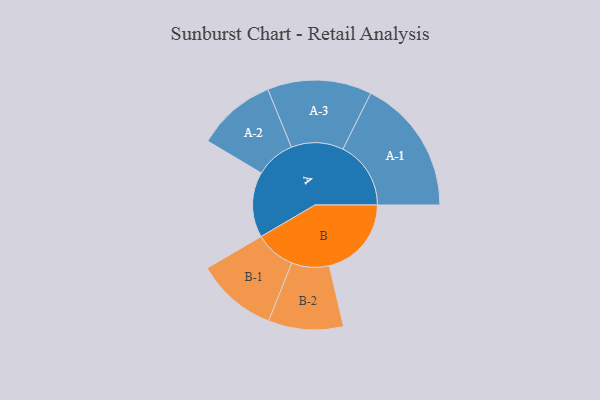
{"axis": {"x": "Segment", "y": "Value"}, "legend": ["", "A", "B"], "data": [{"x": "A", "y": 286, "type": ""}, {"x": "B", "y": 359, "type": ""}, {"x": "A-1", "y": 297, "type": "A"}, {"x": "A-2", "y": 173, "type": "A"}, {"x": "A-3", "y": 228, "type": "A"}, {"x": "B-1", "y": 177, "type": "B"}, {"x": "B-2", "y": 164, "type": "B"}]}